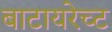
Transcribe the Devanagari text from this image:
बाटायरेच्ट